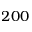
2 0 0